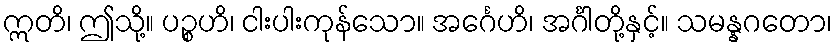
ဣတိ၊ ဤသို့။ ပဉ္စဟိ၊ ငါးပါးကုန်သော။ အင်္ဂေဟိ၊ အင်္ဂါတို့နှင့်။ သမန္နဂတော၊